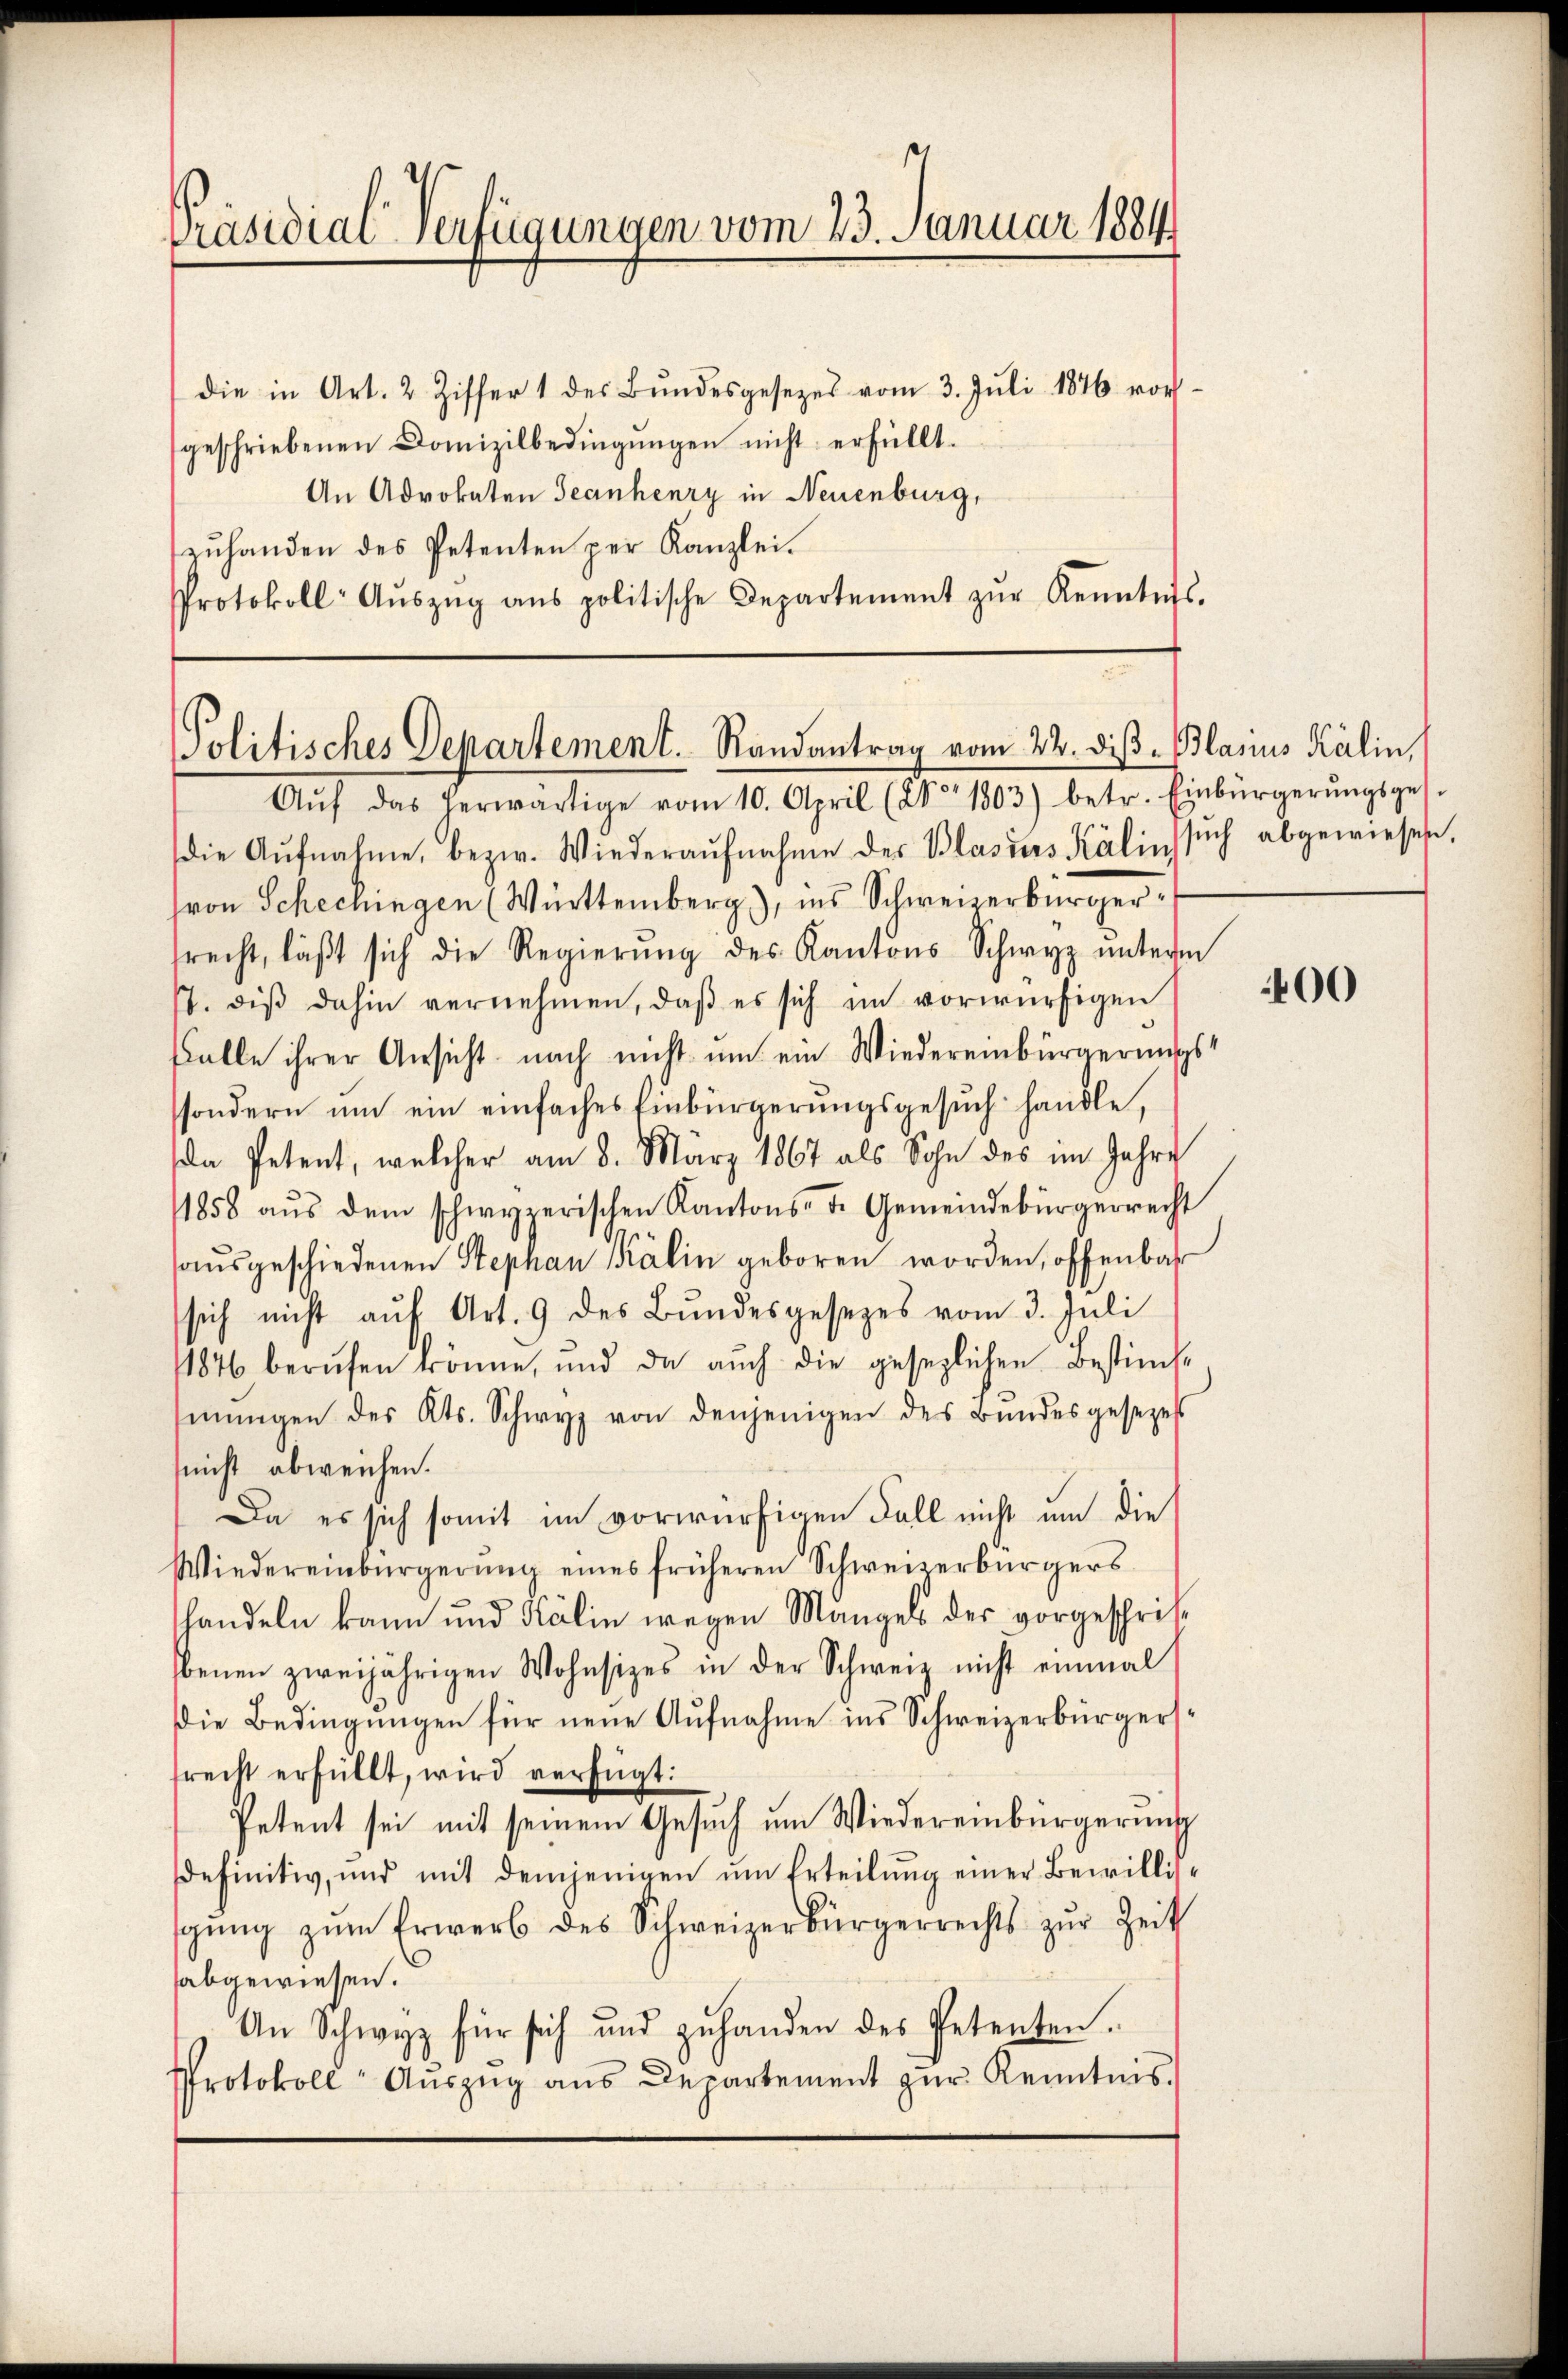
Präsidialverfügungen vom 23. Januar 1884

die in Art. 2 Ziffer 1 des Bŭndesgesezes vom 3. Juli 1876 vorgeschriebenen Domizilbedingŭngen nicht erfüllt.
An Advokaten Jeanhenry in Neuenburg,
zuhanden des Petenten per Kanzlei.
Protokoll- Aŭszŭg ans politische Departement zŭr Kenntnis-

Politisches Departement. Randantrag vom 22. diß - Blasius Kälin,

Aŭf das herwärtige vom 10. April (Ao 1803) betr. Einbürgerŭngsges.
die Aŭfnahme, bezw. Wiederaŭfnahme der Blasius Kälins sich abgewiesen,
ron Schechingen (Württemberg), ins Schweizerbürgersrecht, läβt sich die Regierŭng des Kantons Schwyz unterm
17. diß dahin vernehmen, daß es sich im vorwürfigen
Falle ihrer Ansicht nach nicht ŭm ein Wiedereinbürgerungs
ssondern um ein einfaches Einbürgerungsgesuch handle,
da Petent, welcher am 8. März 1867 als Sohn des im Jahre
1858 aŭs dem schwyzerischen Kantons- u. Gemeindebürgerrecht
aŭsgeschiedenen Stephan Kälin geboren worden, offenbar
sich nicht aŭf Art. 9 des Bŭndesgesezes vom 3. Juli
1846 berŭfen könne, und da auch die gesezlichen Bestim
mŭngen des Kts. Schwyz von denjenigen des Bŭndesgesezes
nicht abweichen.
Da es sich somit im vorwürfigen Fall nicht um die
Wiedereinbürgerŭng eines früheren Schweizerbürgers
handeln kann und Kälin wegen Mangels der vorgeschrift
Ebenen zweijährigen Wohnsizes in der Schweiz nicht einmal
die Bedingungen für neue Aufnahme ins Schweizerbürgersfrecht erfüllt, wird verfügt:
Petent sei mit seinem Gesuch um Wiedereinbürgerung
sdefinitiv, und mit demjenigen ŭm Erteilŭng einer Bewillis-
gŭng zŭm Erwerb des Schweizerbürgerrechts zŭr Zeit
abgewiesen.
An Schwyz für sich und zŭ handen des Petenten.
Protokoll Aŭszŭg aŭs Departement zŭr Kenntnis.

400